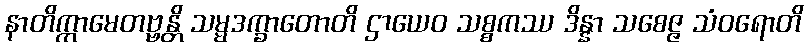
နာတိက္ကာမေတဗ္ဗန္တိ သမ္မဒက္ခာတောတိ ဌာယေဝ သစ္စကဿ ဒိန္နာ သစေဇ္ဇ သံဝရောတိ